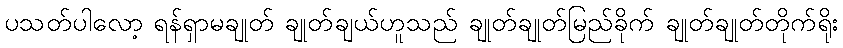
ပသတ်ပါလော့ ရန်ရှာမချုတ် ချုတ်ချယ်ဟူသည် ချုတ်ချုတ်မြည်ခိုက် ချုတ်ချုတ်တိုက်ရိုး